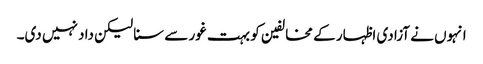
انہوں نے آزادی اظہار کے مخالفین کو بہت غور سے سنا لیکن داد نہیں دی۔